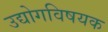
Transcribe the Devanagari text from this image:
उद्योगविषयक